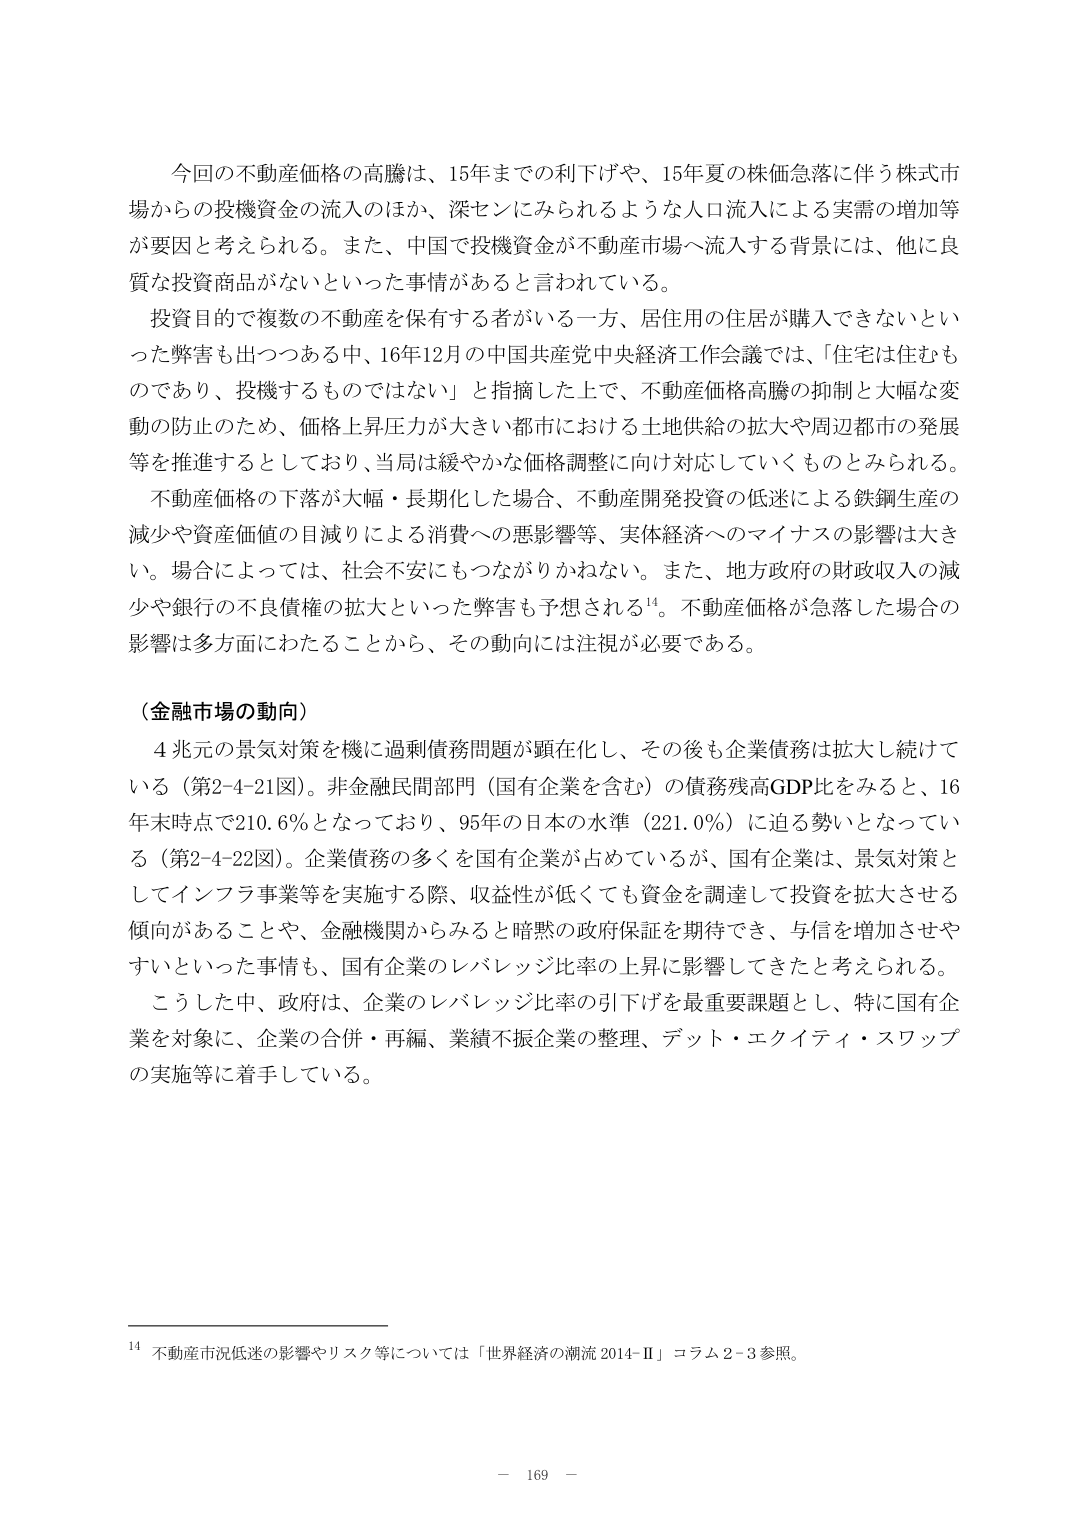
今回の不動産価格の高騰は、15年までの利下げや、15年夏の株価急落に伴う株式市場からの投機資金の流入のほか、深センにみられるような人口流入による実需の増加等が要因と考えられる。また、中国で投機資金が不動産市場へ流入する背景には、他に良質な投資商品がないといった事情があると言われている。

投資目的で複数の不動産を保有する者がいる一方、居住用の住居が購入できないといった弊害も出つつある中、16年12月の中国共産党中央経済工作会議では、「住宅は住むものであり、投機するものではない」と指摘した上で、不動産価格高騰の抑制と大幅な変動の防止のため、価格上昇圧力が大きい都市における土地供給の拡大や周辺都市の発展等を推進するとしており、当局は緩やかな価格調整に向け対応していくものとみられる。

不動産価格の下落が大幅・長期化した場合、不動産開発投資の低迷による鉄鋼生産の減少や資産価値の目減りによる消費への悪影響等、実体経済へのマイナスの影響は大きい。場合によっては、社会不安にもつながりかねない。また、地方政府の財政収入の減少や銀行の不良債権の拡大といった弊害も予想される¹⁴。不動産価格が急落した場合の影響は多方面にわたることから、その動向には注視が必要である。

（金融市場の動向）

4兆元の景気対策を機に過剰債務問題が顕在化し、その後も企業債務は拡大し続けている（第2-4-21図）。非金融民間部門（国有企業を含む）の債務残高GDP比をみると、16年末時点で210.6％となっており、95年の日本の水準（221.0％）に迫る勢いとなっている（第2-4-22図）。企業債務の多くを国有企業が占めているが、国有企業は、景気対策としてインフラ事業等を実施する際、収益性が低くても資金を調達して投資を拡大させる傾向があることや、金融機関からみると暗黙の政府保証を期待でき、与信を増加させやすいといった事情も、国有企業のレバレッジ比率の上昇に影響してきたと考えられる。

こうした中、政府は、企業のレバレッジ比率の引下げを最重要課題とし、特に国有企業を対象に、企業の合併・再編、業績不振企業の整理、デット・エクイティ・スワップの実施等に着手している。

¹⁴ 不動産市況低迷の影響やリスク等については「世界経済の潮流 2014-Ⅱ」コラム2-3参照。

－ 169 －